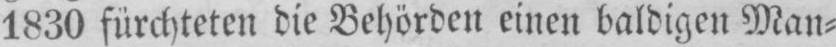
1830 fürchteten die Behörden einen baldigen Man⸗